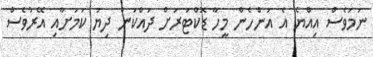
ނަމަވެސް އިއްޔެ އެ އަންހެން މީހާ ޑޮކްޓަރަށް ދައްކަން ދިޔަ ކަމަށާއި އޭރުވެސް